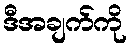
ဒီအချက်ကို